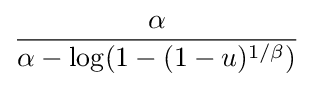
{\frac {\alpha }{\alpha -\log(1-(1-u)^{1/\beta })}}